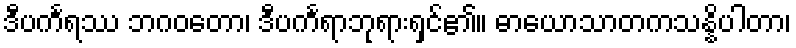
ဒီပင်္ကရဿ ဘဂဝတော၊ ဒီပင်္ကရာဘုရားရှင်၏။ ဓာယောသာတကသန္နိပါတာ၊